Leaving Certificate Examination, 1915
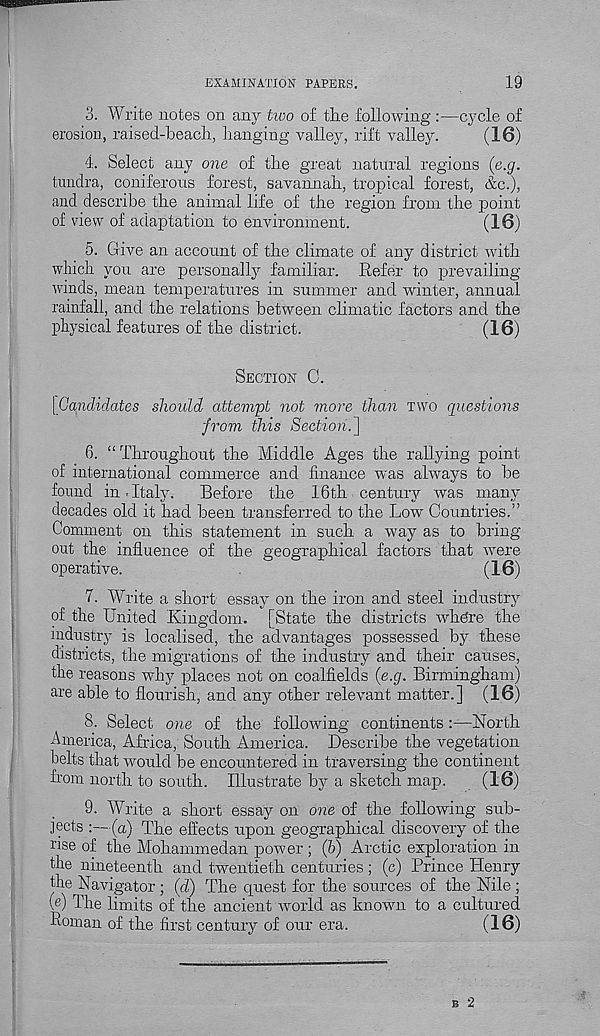
EXAMINATION PAPERS.
19
3. Write notes on any two of the following :—cycle of
erosion, raised-beach, hanging valley, rift valley.
(16)
4. Select any one of the great natural regions (e.g.
tundra, coniferous forest, savannah, tropical forest, &c.),
and describe the animal life of the region from the point
of view of adaptation to environment.
(16)
5. Give an account of the climate of any district with
which you are personally familiar. Refer to prevailing-
winds, mean temperatures in summer and winter, annual
rainfall, and the relations between climatic factors and the
physical features of the district.
(16)
SECTION C.
[Candidates should attempt not more than TWO questions
from this Section.]
6. “ Throughout the Middle Ages the rallying point
of international commerce and finance was always to be
found in.Italy. Before the 16th century was many
decades old it had been transferred to the Low Countries.”
Comment on this statement in such a way as to bring
out the influence of the geographical factors that were
operative.
(16)
7. Write a short essay on the iron and steel industry
of the United Kingdom. [State the districts wh^re the
industry is localised, the advantages possessed by these
districts, the migrations of the industry and their causes,
the reasons why places not on coalfields (e.g. Birmingham)
are able to flourish, and any other relevant matter.] (16)
8. Select one of the following continents:—North
America, Africa, South America. Describe the vegetation
belts that would be encountered in traversing the continent
from north to south. Illustrate by a sketch map. . (16)
9. Write a short essay on one of the following sub-
jects :—(a) The effects upon geographical discovery of the
rise of the Mohammedan power ; (6) Arctic exploration in
the nineteenth and twentieth centuries ; (c) Prince Henry
the Navigator ; (d) The quest for the sources of the Nile ;
(e) The limits of the ancient world as known to a cultured
Roman of the first century of our era.
(16)